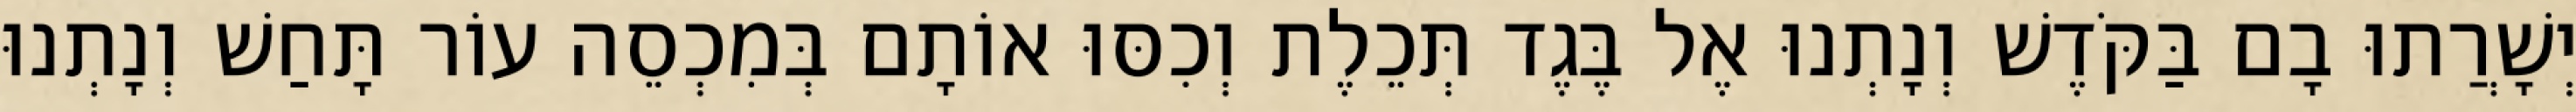
יְשָׁרֲתוּ בָם בַּקֹּדֶשׁ וְנָתְנוּ אֶל בֶּגֶד תְּכֵלֶת וְכִסּוּ אוֹתָם בְּמִכְסֵה עוֹר תָּחַשׁ וְנָתְנוּ